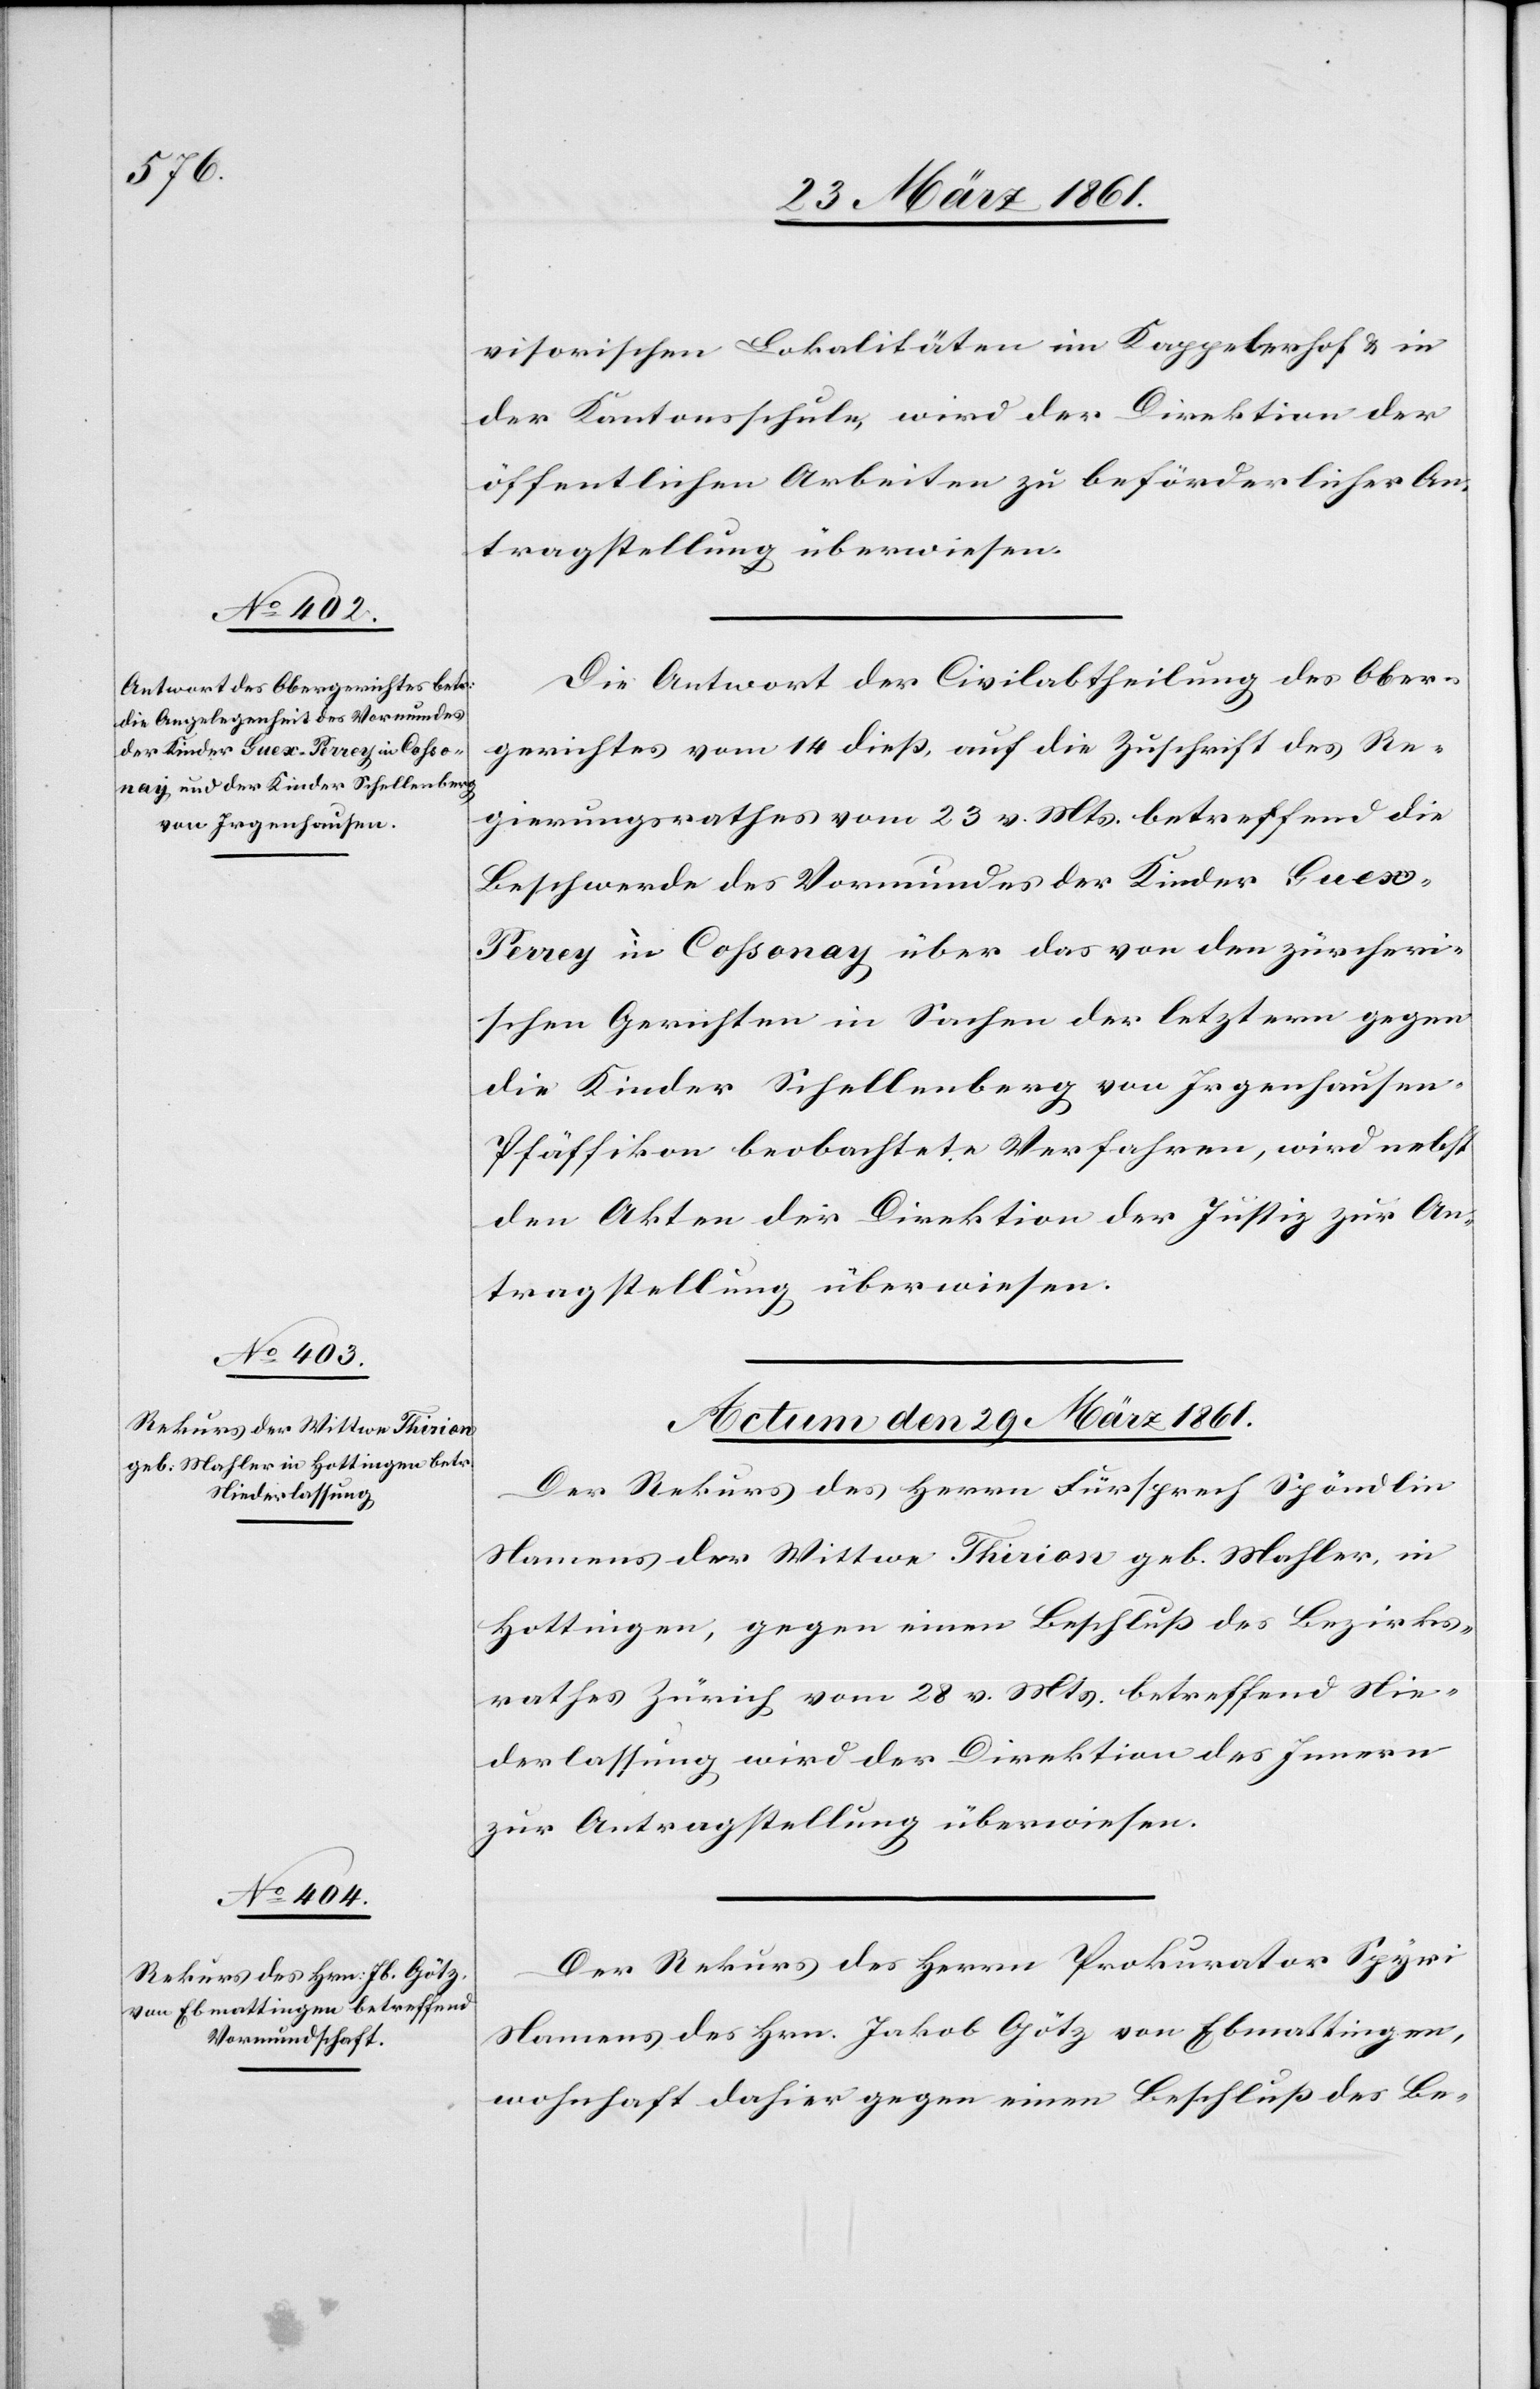
visorischen Lokalitäten im Kappelerhof u. in
der Kantonsschule, wird der Direktion der
öffentlichen Arbeiten zu beförderlicher An¬
tragstellung überwiesen.
Die Antwort der Civilabtheilung des Ober¬
gerichtes vom 14. dieß, auf die Zuschrift des Re¬
gierungsrathes vom 23. v. Mts. betreffend die
Beschwerde des Vormundes der Kinder Guex-P¬
errey in Cossonay über das von den zürcheri¬
schen Gerichten in Sachen der letztern gegen
die Kinder Schellenberg von Irgenhause¬
n-Pfäffikon beobachtete Verfahren, wird nebst
den Akten der Direktion der Justiz zur An¬
tragstellung überwiesen.
Actum den 29. März 1861.]
Der Rekurs des Herrn Fürsprech Spöndlin
Namens der Wittwe Thirion geb. Mahler, in
Hottingen, gegen einen Beschluß des Bezirks¬
rathes Zürich vom 28. v. Mts. betreffend Nie¬
derlassung wird der Direktion des Innern
zur Antragstellung überwiesen.
Der Rekurs des Herrn Prokurator Spyri
Namens des Hrn. Jakob Götz von Ebmattingen,
wohnhaft dahier gegen einen Beschluß des Be-